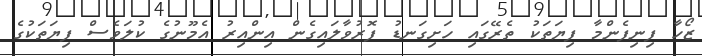
ޒޯހާ ފިނިފެންމާ ފިޔަތަކު ތެރޭގައި ހަށިގަނޑު ފޮރުވާލައިގެން އިންއިރު އެމޫނުގެ ކުލަވެސް ފިޔަތަކުގެ